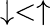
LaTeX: \downarrow<\uparrow